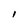
Character: l